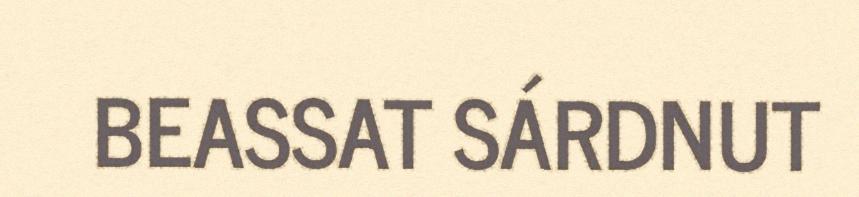
BEASSAT SÁRDNUT